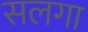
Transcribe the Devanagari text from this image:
सलगा